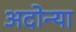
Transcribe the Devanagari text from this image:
अदोन्या